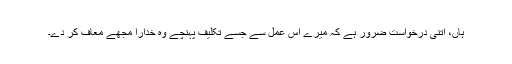
ہاں، اتنی درخواست ضرور ہے کہ میرے اس عمل سے جسے تکلیف پہنچے وہ خدارا مجھے معاف کر دے۔